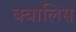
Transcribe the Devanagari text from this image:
क्वालिस